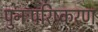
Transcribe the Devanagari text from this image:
पुनःपरिष्करण